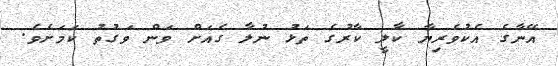
އޭނާގެ އެކުވެރިޔާ ކާލީ ކާރުގެ ތަޅު ނުލާ ގެއަށް ވަން ވަގުތު ކަމަށެވެ.